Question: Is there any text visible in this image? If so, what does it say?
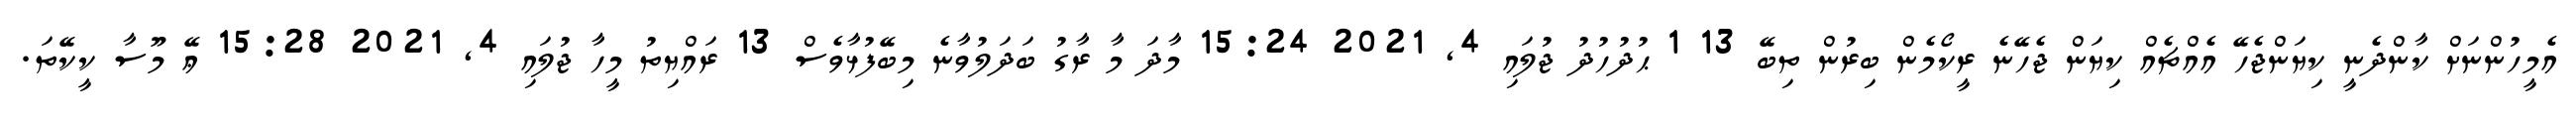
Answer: އެމީހުންނަށް ކާންދެނީ ކިޔަންޖެހޭ އެއްޗެއް ކިޔަން ޖެހޭނެ ރީކޯމެން ބިރުން ތިބޭ 13 1 ޙުދުހުދު ޖުލައި 4, 2021 15:24 މާދަ މާ ރާގު ބަދަލުވާނެ މިބޭފުޅާވެސް 13 ރައްޔިތު މީހާ ޖުލައި 4, 2021 15:28 ޢޭ މޫސާ ކީކޭތަ.